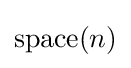
{\text{space}}(n)